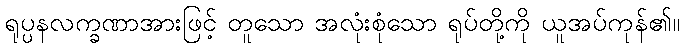
ရုပ္ပနလက္ခဏာအားဖြင့် တူသော အလုံးစုံသော ရုပ်တို့ကို ယူအပ်ကုန်၏။